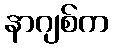
နာဂျစ်က